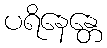
ပရိနေန္တေ